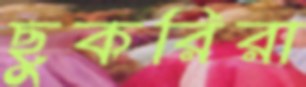
ছুকরিরা